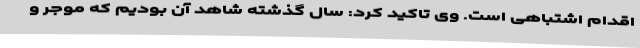
اقدام اشتباهی است. وی تاکید کرد: سال گذشته شاهد آن بودیم که موجر و